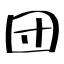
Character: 団